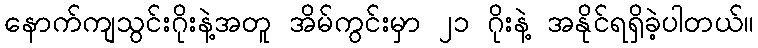
နောက်ကျသွင်းဂိုးနဲ့အတူ အိမ်ကွင်းမှာ ၂၁ ဂိုးနဲ့ အနိုင်ရရှိခဲ့ပါတယ်။